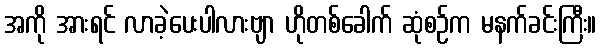
အကို အားရင် လာခဲ့ပေးပါလားဗျာ ဟိုတစ်ခေါက် ဆုံစဉ်က မနက်ခင်းကြီး။